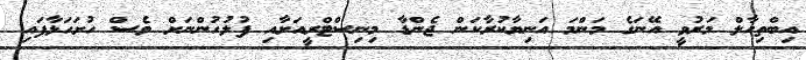
އިބްތިހާލް މަރުވީ އޭނަގެ މަންމަ އަނިޔާކުރާކަން ޖެންޑާ މިނިސްޓްރީއަށާއި ފުލުހުންނަށް ވެސް ހުށަހަޅާފައި